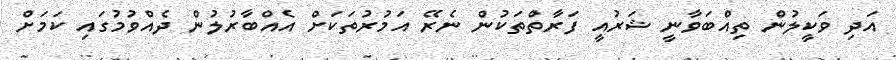
އަދި ވަކީލުން ތިއްބަވާނީ ޝަރުއީ ފަރާތްތަކުން ނެރޭ އަމުރުތަކަށް އެއްބާރުލުން ދެއްވުމުގައި ކަމަށް